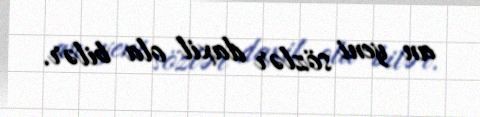
an yeni sözlər daxil ola bilər.